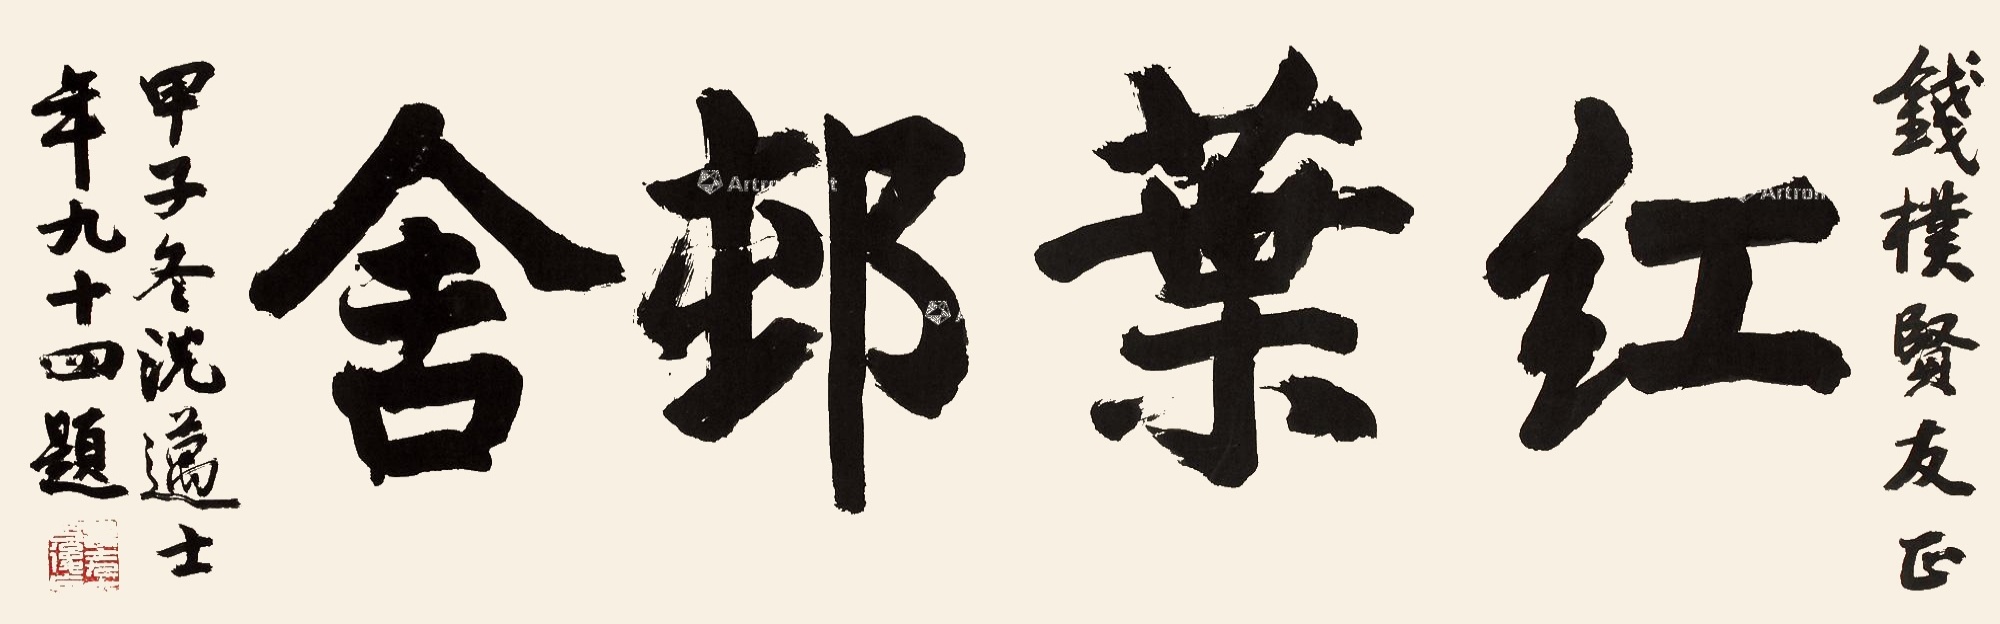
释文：红叶村舍。钱朴贤友正，甲子冬，沈迈士年九十四题。